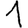
Digit: 1